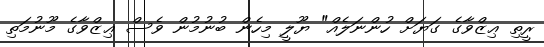
ރީތި ޢިޒްވާގެ ގަޔަށް ހުންނަލެއް" ޔޫލީ މިހެން ބުނުމުން ވެސް ޢިޒްވާގެ މޫނުމަތި